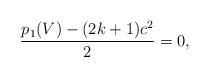
LaTeX: \begin{align*}\frac{p_1(V)-(2k+1)c^2}{2}=0,\end{align*}